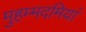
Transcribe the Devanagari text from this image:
मुहम्मदमियां